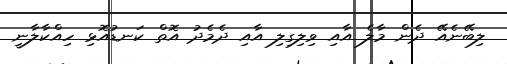
ލިބޭނެއޭ ދެން މާލެ އާއި ވިލިގިލި އާއި ދެމެދު އޮތް ކަނޑުއޮޅި ހިއްކާލާނީ